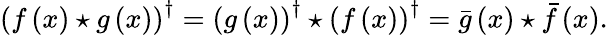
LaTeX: \left(f\left(x\right)\star g\left(x\right)\right)^{\dagger}=\left(g\left(x\right)\right)^{\dagger}\star\left(f\left(x\right)\right)^{\dagger}=\bar{g}\left(x\right)\star\bar{f}\left(x\right).